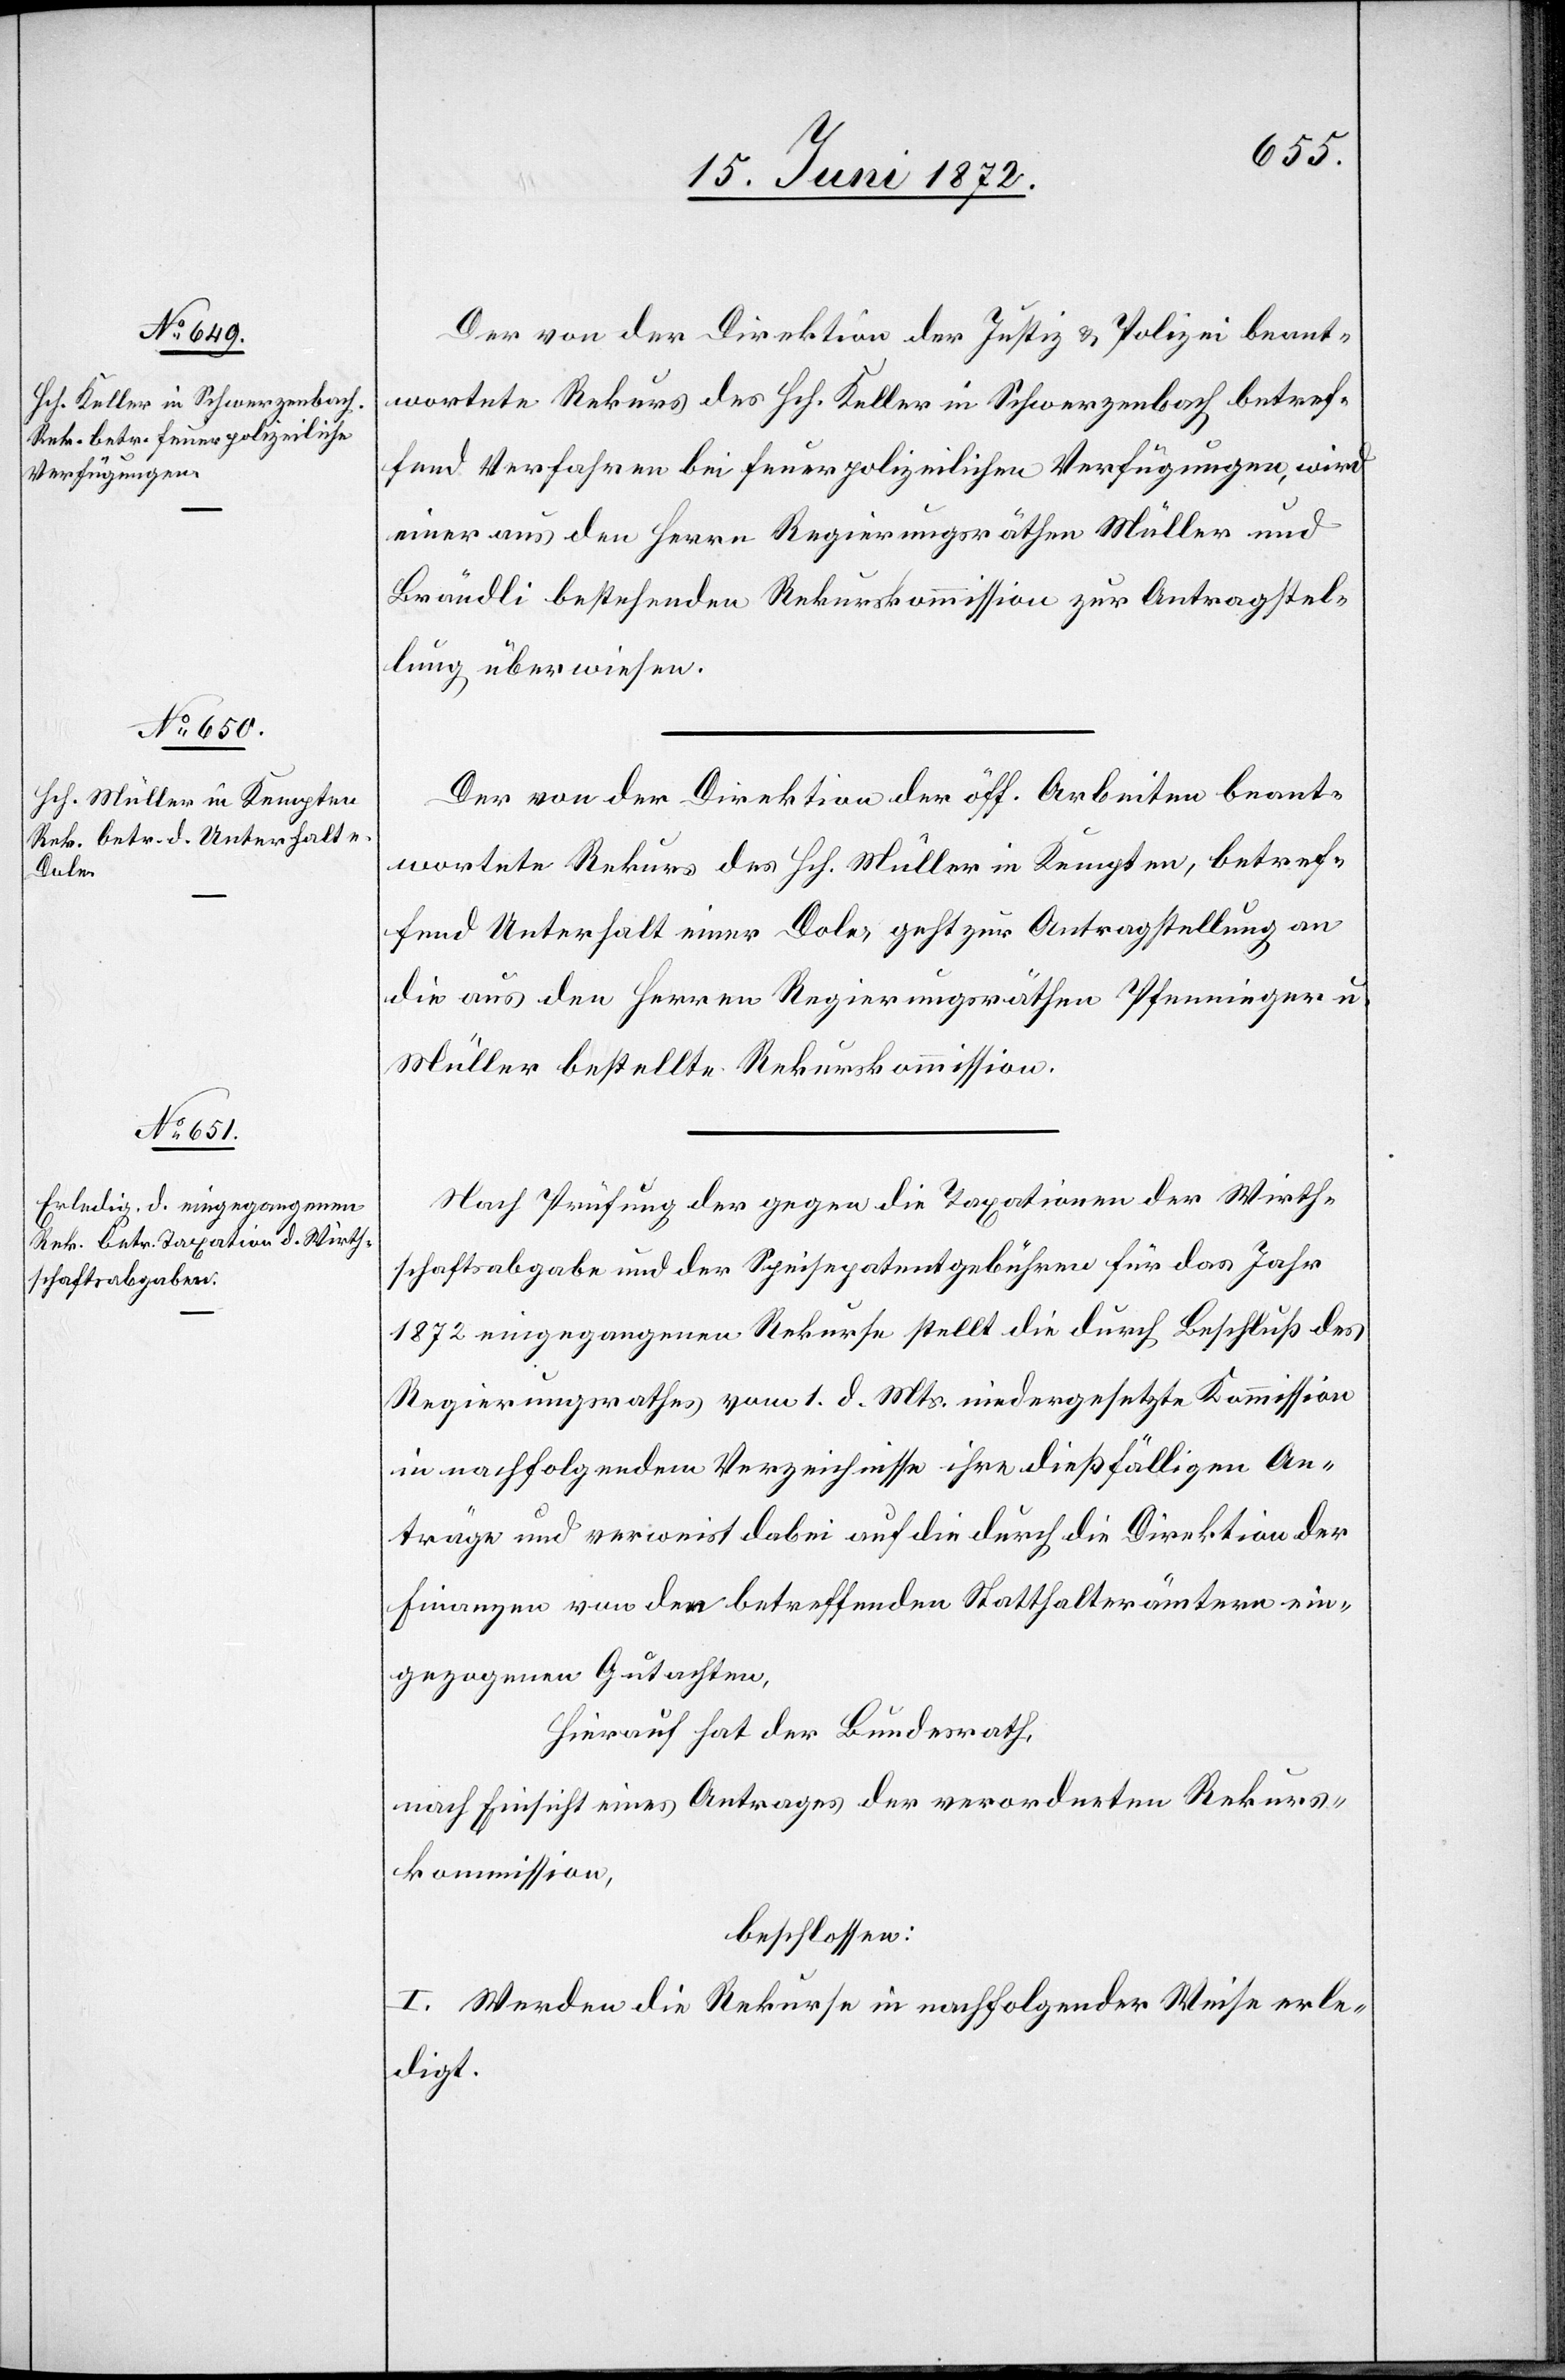
Der von der Direktion der Justiz u. Polizei beant¬
wortete Rekurs des Hch. Keller in Schwerzenbach betref¬
fend Verfahren bei feuerpolizeilichen Verfügungen wird
einer aus den Herrn Regierungsräthen Müller und
Brändli bestehenden Rekurskommission zur Antragstel¬
lung überwiesen.
Der von der Direktion der öff. Arbeiten beant¬
wortete Rekurs des Hch. Müller im Kempten, betref¬
fend Unterhalt einer Dole, geht zur Antragstellung an
die aus den Herren Regierungsräthen Pfenninger u.
Müller bestellte Rekurskommission.
Nach Prüfung der gegen die Taxation der Wirth¬
schaftsabgabe und der Speisepatentgebühren für das Jahr
1872 eingegangenen Rekurse stellt die durch Beschluß des
Regierungsrathes vom 1. d. Mts. niedergesetzte Kommission
in nachfolgendem Verzeichnisse ihre dießfälligen An¬
träge und verweist dabei auf die durch die Direktion der
Finanzen von den betreffenden Statthalterämtern ein¬
gezogenen Gutachten,
Hierauf hat der Bundesrath,
nach Einsicht eines Antrages der verordneten Rekurs¬
kommission,
beschlossen:
I. Werden die Rekurse in nachfolgender Weise erle¬
digt.